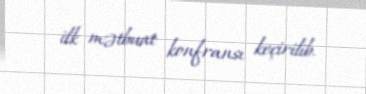
ilk mətbuat konfransı keçirilib.